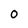
Character: O